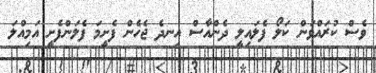
ވެސް ކުރައްވަން ކަލޯ ފެލައިލީ ދެންއާސް އިނދެ ޖެހެން ފެށީމަ ފެލަންފެށީ އަމިއްލަ